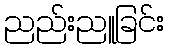
ညည်းညူခြင်း